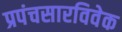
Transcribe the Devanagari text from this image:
प्रपंचसारविवेक